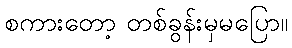
စကားတော့ တစ်ခွန်းမှမပြော။